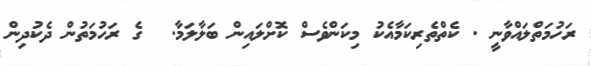
ރަހުމަތްލައްވާނީ . ކެތްތެރިކަމާއެކު މިކަންވެސް ކޮށްލައިން ބަލާލަމާ.  ގެ ރަހުމަތުން ދެކުދިން